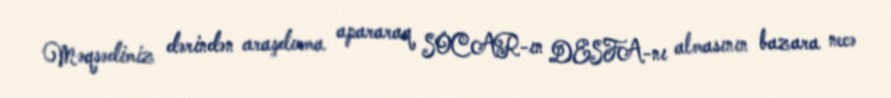
Məqsədimiz dərindən araşdırma apararaq SOCAR-ın DESFA-nı almasının bazara necə